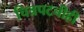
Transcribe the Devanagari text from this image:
चित्रपटचीही